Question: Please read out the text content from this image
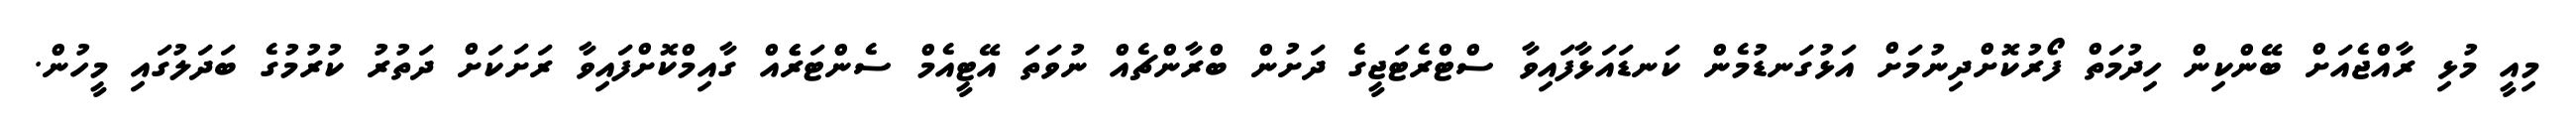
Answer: މިއީ މުޅި ރާއްޖެއަށް ބޭންކިން ހިދުމަތް ފޯރުކޮށްދިނުމަށް އަޅުގަނޑުމެން ކަނޑައަޅާފައިވާ ސްޓްރެޓަޖީގެ ދަށުން ބްރާންޗެއް ނުވަތަ އޭޓީއެމް ސެންޓަރެެއް ގާއިމްކޮށްފައިވާ ރަށަކަށް ދަތުރު ކުރުމުގެ ބަދަލުގައި މީހުން.